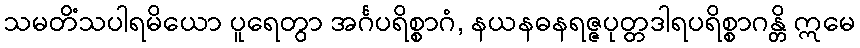
သမတိံသပါရမိယော ပူရေတွာ အင်္ဂပရိစ္စာဂံ, နယနဓနရဇ္ဇပုတ္တဒါရပရိစ္စာဂန္တိ ဣမေ